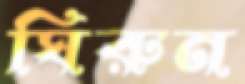
ঘিরুন